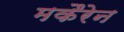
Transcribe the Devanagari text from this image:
मकैरेन